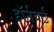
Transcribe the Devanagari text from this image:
हॉर्नवर्ट